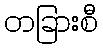
တခြားစီ